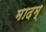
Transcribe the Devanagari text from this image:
मादम्